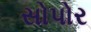
સોપોર